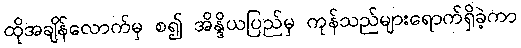
ထိုအချိန်လောက်မှ စ၍ အိန္ဒိယပြည်မှ ကုန်သည်များရောက်ရှိခဲ့ကာ